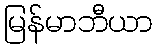
မြန်မာဘီယာ